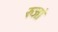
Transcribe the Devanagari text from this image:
रुजां